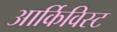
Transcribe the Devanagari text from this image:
आर्किविस्ट